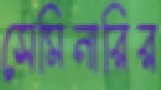
সেমিনারির